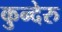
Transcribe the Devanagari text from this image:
कुन्देरु